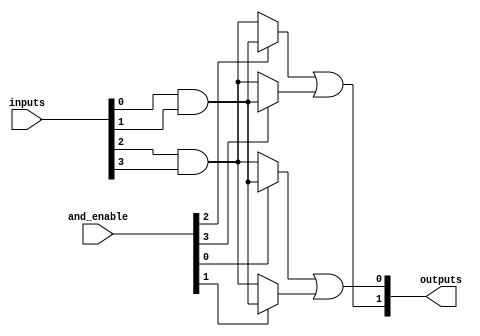
module HS_PAL #(
    parameter NUM_INPUTS = 8,   // Number of inputs
    parameter NUM_PRODUCT_TERMS = 4, // Number of product terms in the AND array
    parameter NUM_OUTPUTS = 2    // Number of outputs
)(
    input  wire [NUM_INPUTS-1:0] inputs, // Input signals
    input  wire [NUM_PRODUCT_TERMS-1:0] and_enable, // Enable signals for AND terms
    output wire [NUM_OUTPUTS-1:0] outputs // Output signals
);

// Programmable AND array
wire [NUM_PRODUCT_TERMS-1:0] and_terms [NUM_INPUTS-1:0]; // AND terms

// Generate the programmable AND gates
genvar i, j;
generate
    for (i = 0; i < NUM_PRODUCT_TERMS; i = i + 1) begin : and_array
        assign and_terms[i] = and_enable[i] ? 
            (inputs[0] & inputs[1]) : // Example: AND of inputs 0 and 1
            (inputs[2] & inputs[3]); // Example: AND of inputs 2 and 3
        // You can customize the connections for each AND term based on your programming scheme
    end
endgenerate

// Fixed OR array
wire [NUM_OUTPUTS-1:0] or_terms; // OR terms

// Generate the fixed OR gates
assign or_terms[0] = and_terms[0] | and_terms[1]; // Example: OR of first two AND terms
assign or_terms[1] = and_terms[2] | and_terms[3]; // Example: OR of next two AND terms

// Assign the outputs
assign outputs = or_terms;

endmodule